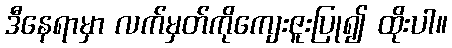
ဒီနေရာမှာ လက်မှတ်ကိုကျေးဇူးပြု၍ ထိုးပါ။